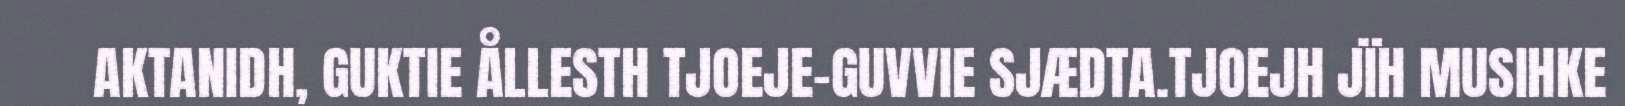
AKTANIDH, GUKTIE ÅLLESTH TJOEJE-GUVVIE SJÆDTA.TJOEJH JÏH MUSIHKE